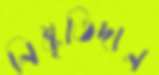
নিষ্কৃতিদান